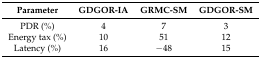
<table><thead><tr><td><b>Parameter</b></td><td><b>GDGOR-IA</b></td><td><b>GRMC-SM</b></td><td><b>GDGOR-SM</b></td></tr></thead><tbody><tr><td>PDR (%)</td><td>4</td><td>7</td><td>3</td></tr><tr><td>Energy tax (%)</td><td>10</td><td>51</td><td>12</td></tr><tr><td>Latency (%)</td><td>16</td><td>−48</td><td>15</td></tr></tbody></table>